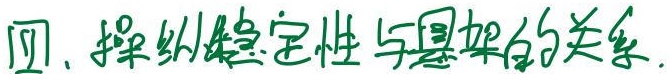
四、操纵稳定性与悬架的关系.